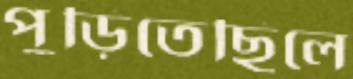
পুড়িতেছিলে